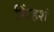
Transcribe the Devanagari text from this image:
सिंहशं